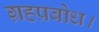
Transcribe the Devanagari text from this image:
ग्रहप्रबोध।